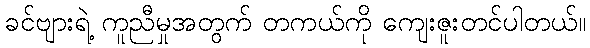
ခင်ဗျားရဲ့ ကူညီမှုအတွက် တကယ်ကို ကျေးဇူးတင်ပါတယ်။